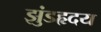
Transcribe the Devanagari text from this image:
झुंडहृदय